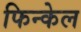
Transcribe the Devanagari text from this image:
फिन्केल